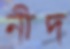
নীদ